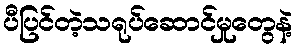
ပီပြင်တဲ့သရုပ်ဆောင်မှုတွေနဲ့